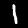
Label: 1